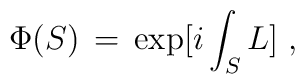
\Phi (S) \,=\, \exp [ i \int_S L ] \;,